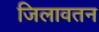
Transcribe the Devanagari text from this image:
जिलावतन